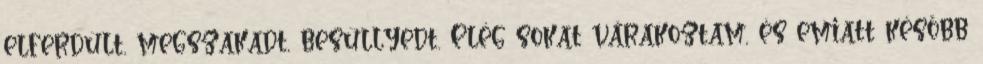
elferdült, megszakadt, besüllyedt. Elég sokat várakoztam, és emiatt később